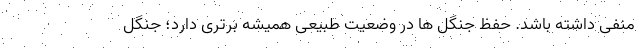
منفی داشته باشد. حفظ جنگل ها در وضعیت طبیعی همیشه برتری دارد؛ جنگل